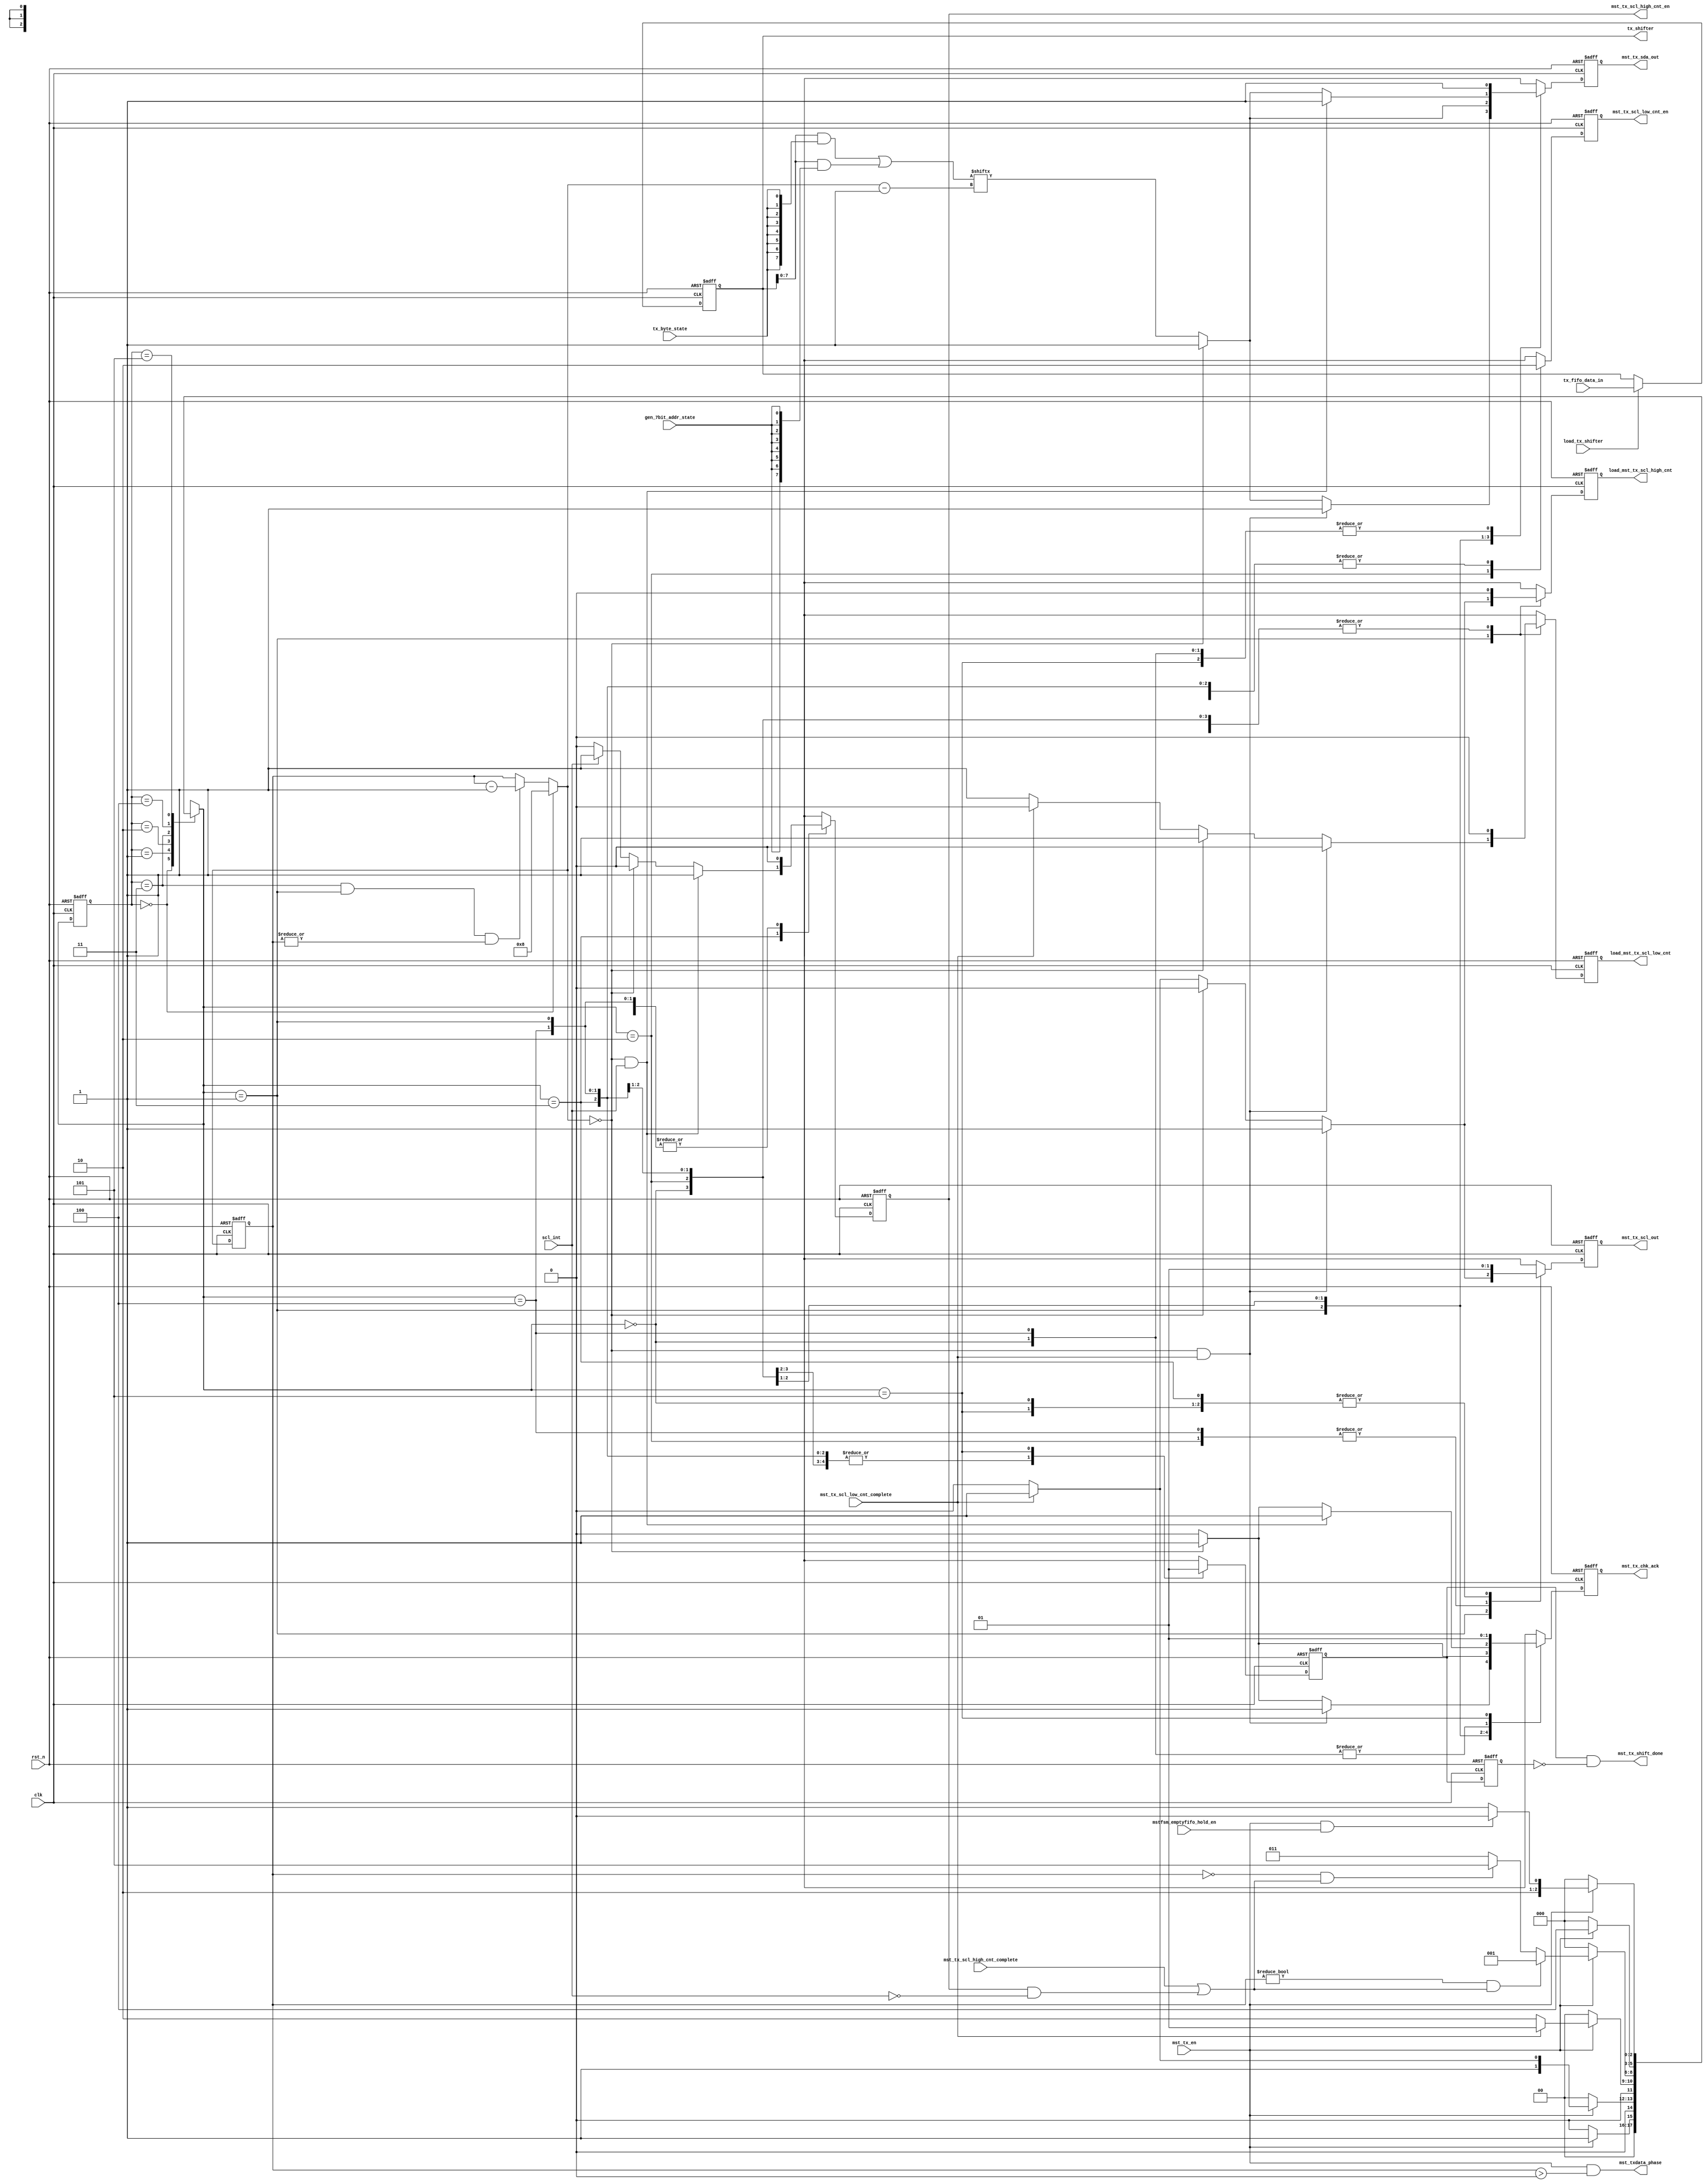
// (C) 2001-2018 Intel Corporation. All rights reserved.
// Your use of Intel Corporation's design tools, logic functions and other 
// software and tools, and its AMPP partner logic functions, and any output 
// files from any of the foregoing (including device programming or simulation 
// files), and any associated documentation or information are expressly subject 
// to the terms and conditions of the Intel Program License Subscription 
// Agreement, Intel FPGA IP License Agreement, or other applicable 
// license agreement, including, without limitation, that your use is for the 
// sole purpose of programming logic devices manufactured by Intel and sold by 
// Intel or its authorized distributors.  Please refer to the applicable 
// agreement for further details.


// synthesis translate_off
`timescale 1ns / 1ps
// synthesis translate_on

module altera_avalon_i2c_txshifter (
    input               clk,
    input               rst_n,
    input               mst_tx_scl_high_cnt_complete,
    input               mst_tx_scl_low_cnt_complete,
    input               mst_tx_en,
    input               scl_int,
    input               mstfsm_emptyfifo_hold_en,
    input               load_tx_shifter,
    input [9:0]         tx_fifo_data_in,
    input               tx_byte_state,
    input               gen_7bit_addr_state,
  
    output reg          mst_tx_scl_high_cnt_en,
    output reg          mst_tx_scl_low_cnt_en,
    output reg          mst_tx_chk_ack,                 // to ack detector
    output              mst_tx_shift_done,
    output reg          mst_tx_scl_out,
    output reg          mst_tx_sda_out,
    output reg          load_mst_tx_scl_high_cnt,
    output reg          load_mst_tx_scl_low_cnt,
    output reg [9:0]    tx_shifter,
    output              mst_txdata_phase

);


parameter TX_IDLE       = 3'b000;
parameter TX_CLK_LOAD   = 3'b001;
parameter TX_CLK_LOW    = 3'b010;
parameter TX_CLK_HIGH   = 3'b011;
parameter TX_CLK_HOLD   = 3'b100;
parameter TX_DONE       = 3'b101;


// wires & registers declaration
reg [2:0]       tx_shiftfsm_state; 
reg [2:0]       tx_shiftfsm_nx_state;
reg [3:0]       tx_shiftbit_counter;
reg [3:0]       tx_shiftbit_counter_nxt;
reg             mst_tx_shift_done_gen;
reg             mst_tx_shift_done_gen_dly;

wire            tx_idle_state;
wire            tx_clk_high_state;
wire            tx_clk_load_nx_state;
wire            arc_tx_clk_high_load;
wire            load_cnt;
wire            decr_cnt;
wire [3:0]      tx_shiftbit_counter_init;

wire [7:0]      tx_shift_data;
wire [7:0]      sevenbit_addr;
wire            tx_shift_data_phase;

wire [7:0]      write_txbyte;
wire [7:0]      write_7bit_addr;
wire            tx_shiftbit_counter_notzero;

assign mst_txdata_phase         = mst_tx_en & (tx_shiftbit_counter > 4'b0000);

assign tx_idle_state            = (tx_shiftfsm_state == TX_IDLE);
assign tx_clk_high_state        = (tx_shiftfsm_state == TX_CLK_HIGH);

assign tx_clk_load_nx_state     = (tx_shiftfsm_nx_state == TX_CLK_LOAD);

assign arc_tx_clk_high_load     = tx_clk_high_state & tx_clk_load_nx_state;

assign load_cnt                 = tx_idle_state;
assign decr_cnt                 = arc_tx_clk_high_load & tx_shiftbit_counter_notzero;

assign tx_shiftbit_counter_notzero = | tx_shiftbit_counter;

assign tx_shiftbit_counter_init = 4'b1000;

always @* begin
    if (load_cnt)
        tx_shiftbit_counter_nxt = tx_shiftbit_counter_init;
    else if (decr_cnt)
        tx_shiftbit_counter_nxt = tx_shiftbit_counter - 4'b0001;
    else
        tx_shiftbit_counter_nxt = tx_shiftbit_counter;
end

// bit number counter
always @(posedge clk or negedge rst_n) begin
    if(!rst_n)
        tx_shiftbit_counter <= 4'b1000;
    else
        tx_shiftbit_counter <= tx_shiftbit_counter_nxt;
end




// TX shifter fsm 
always @(posedge clk or negedge rst_n) begin
    if (!rst_n)
        tx_shiftfsm_state <= TX_IDLE;
    else
        tx_shiftfsm_state <= tx_shiftfsm_nx_state;
end

always @* begin
    case(tx_shiftfsm_state)
        TX_IDLE	: begin
            if (mst_tx_en) 
                tx_shiftfsm_nx_state = TX_CLK_LOAD;
            else 
                tx_shiftfsm_nx_state = TX_IDLE;
        end

        TX_CLK_LOAD : begin
            if (~mst_tx_en)
                tx_shiftfsm_nx_state = TX_IDLE;
            else if (mst_tx_scl_low_cnt_complete)
                tx_shiftfsm_nx_state = TX_CLK_HIGH;
            else
                tx_shiftfsm_nx_state = TX_CLK_LOW;
        end

        TX_CLK_LOW : begin
            if (~mst_tx_en)
                tx_shiftfsm_nx_state = TX_IDLE;
            else if (mst_tx_scl_low_cnt_complete)
                tx_shiftfsm_nx_state = TX_CLK_LOAD;
            else
                tx_shiftfsm_nx_state = TX_CLK_LOW;
        end

        TX_CLK_HIGH : begin
            if (~mst_tx_en)
                tx_shiftfsm_nx_state = TX_IDLE; 
            else if ((tx_shiftbit_counter != 4'b0000) & (mst_tx_scl_high_cnt_complete | (mst_tx_scl_high_cnt_en & ~scl_int)))
                tx_shiftfsm_nx_state = TX_CLK_LOAD;
            else if ((tx_shiftbit_counter == 4'b0000) & (mst_tx_scl_high_cnt_complete | (mst_tx_scl_high_cnt_en & ~scl_int)))
                tx_shiftfsm_nx_state = TX_DONE; 
            else
                tx_shiftfsm_nx_state = TX_CLK_HIGH;
        end

        TX_CLK_HOLD : begin
            if (~mst_tx_en)
                tx_shiftfsm_nx_state = TX_IDLE; 
            else
                tx_shiftfsm_nx_state = TX_CLK_HOLD;
        end

        TX_DONE	: begin
            if (~mst_tx_en)
                tx_shiftfsm_nx_state = TX_IDLE;
            else if (mst_tx_en & mstfsm_emptyfifo_hold_en)
                tx_shiftfsm_nx_state = TX_CLK_HOLD;
            else
                tx_shiftfsm_nx_state = TX_DONE;
        end

	default: tx_shiftfsm_nx_state = 3'bx;

    endcase
end



always @(posedge clk or negedge rst_n) begin
    if (!rst_n) begin
        mst_tx_scl_high_cnt_en      <= 1'b0;
        mst_tx_scl_low_cnt_en       <= 1'b0;
        mst_tx_sda_out              <= 1'b1;
        mst_tx_scl_out              <= 1'b1;
        mst_tx_chk_ack              <= 1'b0;
        mst_tx_shift_done_gen       <= 1'b0;
        load_mst_tx_scl_low_cnt     <= 1'b0;
        load_mst_tx_scl_high_cnt    <= 1'b0;
    end
    else begin
        case(tx_shiftfsm_nx_state)
            TX_IDLE : begin
                mst_tx_scl_high_cnt_en      <= 1'b0;
                mst_tx_scl_low_cnt_en       <= 1'b0;
                mst_tx_sda_out              <= 1'b1;
                mst_tx_scl_out              <= 1'b1;
                mst_tx_chk_ack              <= 1'b0;
                mst_tx_shift_done_gen       <= 1'b0;
                load_mst_tx_scl_low_cnt     <= 1'b0;
                load_mst_tx_scl_high_cnt    <= 1'b0;
            end

            TX_CLK_LOAD : begin
                mst_tx_scl_high_cnt_en  <= 1'b0;
                mst_tx_scl_low_cnt_en   <= 1'b0;
                mst_tx_shift_done_gen   <= 1'b0;

                if ((tx_shiftbit_counter_nxt == 4'b0000) & mst_tx_scl_low_cnt_complete) begin
                    load_mst_tx_scl_low_cnt     <= 1'b0;
                    load_mst_tx_scl_high_cnt    <= 1'b1;
                    mst_tx_sda_out              <= 1'b1;
                    mst_tx_scl_out              <= 1'b1;
                    mst_tx_chk_ack              <= 1'b1;
                end
                else if (tx_shiftbit_counter_nxt == 4'b0000) begin
                    load_mst_tx_scl_low_cnt     <= 1'b1;
                    load_mst_tx_scl_high_cnt    <= 1'b0;
                    mst_tx_sda_out              <= 1'b1;
                    mst_tx_scl_out              <= 1'b0;
                    mst_tx_chk_ack              <= 1'b1;
                end
                else if (mst_tx_scl_low_cnt_complete) begin
                    load_mst_tx_scl_low_cnt     <= 1'b0;
                    load_mst_tx_scl_high_cnt    <= 1'b1;
                    mst_tx_sda_out              <= tx_shift_data[tx_shiftbit_counter_nxt-1];
                    mst_tx_scl_out              <= 1'b1;
                    mst_tx_chk_ack              <= 1'b0;
                end
                else begin
                    load_mst_tx_scl_low_cnt     <= 1'b1;
                    load_mst_tx_scl_high_cnt    <= 1'b0;
                    mst_tx_sda_out              <= tx_shift_data[tx_shiftbit_counter_nxt-1];
                    mst_tx_scl_out              <= 1'b0;
                    mst_tx_chk_ack              <= 1'b0;
                end
            end

	    TX_CLK_LOW : begin
                mst_tx_scl_high_cnt_en      <= 1'b0;
                mst_tx_scl_low_cnt_en       <= 1'b1;
                mst_tx_shift_done_gen       <= 1'b0;
                mst_tx_scl_out              <= 1'b0;
                load_mst_tx_scl_low_cnt     <= 1'b0;
                load_mst_tx_scl_high_cnt    <= 1'b0;

                if (tx_shiftbit_counter_nxt == 4'b0000) begin // 4'b000 is ACK waiting bit
                    mst_tx_sda_out          <= 1'b1;
                    mst_tx_chk_ack          <= 1'b1;
                end
                else begin
                    mst_tx_sda_out          <= tx_shift_data[tx_shiftbit_counter_nxt-1];
                    mst_tx_chk_ack          <= 1'b0;
                end
            end

            TX_CLK_HIGH : begin
                mst_tx_scl_low_cnt_en       <= 1'b0;
                mst_tx_shift_done_gen       <= 1'b0;
                mst_tx_scl_out              <= 1'b1;
                load_mst_tx_scl_low_cnt     <= 1'b0;
                load_mst_tx_scl_high_cnt    <= 1'b0;

                if ((tx_shiftbit_counter_nxt == 4'b0000) & scl_int) begin // FIXME: CLK synchronization to SCL is one clock after
                    mst_tx_sda_out          <= 1'b1;
                    mst_tx_chk_ack          <= 1'b1;
                    mst_tx_scl_high_cnt_en  <= 1'b1;
                end
                else if (tx_shiftbit_counter_nxt == 4'b0000) begin
                    mst_tx_sda_out          <= 1'b1;
                    mst_tx_chk_ack          <= 1'b1;
                    mst_tx_scl_high_cnt_en  <= 1'b0;
                end
                else if (scl_int) begin
                    mst_tx_sda_out          <= tx_shift_data[tx_shiftbit_counter_nxt-1];
                    mst_tx_chk_ack          <= 1'b0;
                    mst_tx_scl_high_cnt_en  <= 1'b1;
                end
                else begin
                    mst_tx_sda_out          <= tx_shift_data[tx_shiftbit_counter_nxt-1];
                    mst_tx_chk_ack          <= 1'b0;
                    mst_tx_scl_high_cnt_en  <= 1'b0;
                end
            end

            TX_CLK_HOLD : begin
                mst_tx_scl_high_cnt_en      <= 1'b0;
                mst_tx_scl_low_cnt_en       <= 1'b0;
                mst_tx_sda_out              <= 1'b1;
                mst_tx_chk_ack              <= 1'b0;
                mst_tx_shift_done_gen       <= 1'b0;
                load_mst_tx_scl_low_cnt     <= 1'b0;
                load_mst_tx_scl_high_cnt    <= 1'b0;
                mst_tx_scl_out              <= 1'b0;
            end

	    TX_DONE	: begin
                mst_tx_scl_high_cnt_en      <= 1'b0;
                mst_tx_scl_low_cnt_en       <= 1'b0;
                mst_tx_scl_out              <= 1'b1;
                mst_tx_sda_out              <= 1'b1;
                mst_tx_chk_ack              <= 1'b1;
                load_mst_tx_scl_low_cnt     <= 1'b0;
                load_mst_tx_scl_high_cnt    <= 1'b0;
                mst_tx_shift_done_gen       <= 1'b1;
	    end

	    default: begin
                mst_tx_scl_high_cnt_en      <= 1'bx;
                mst_tx_scl_low_cnt_en       <= 1'bx;
                mst_tx_scl_out              <= 1'bx;
                mst_tx_sda_out              <= 1'bx;
                mst_tx_chk_ack              <= 1'bx;
                mst_tx_shift_done_gen       <= 1'bx;
                load_mst_tx_scl_low_cnt     <= 1'bx;
                load_mst_tx_scl_high_cnt    <= 1'bx;
	    end
        endcase
    end
end


always @(posedge clk or negedge rst_n) begin
    if (!rst_n)
        tx_shifter  <= 10'h0;
    else if (load_tx_shifter)
        tx_shifter  <= tx_fifo_data_in;
    else
        tx_shifter  <= tx_shifter;
end

assign sevenbit_addr    = tx_shifter[7:0];

assign tx_shift_data_phase = tx_byte_state;

assign write_txbyte         = tx_shifter[7:0]   & {8{tx_shift_data_phase}};
assign write_7bit_addr      = sevenbit_addr     & {8{gen_7bit_addr_state}};

assign tx_shift_data =  write_txbyte        |
                        write_7bit_addr;

always @(posedge clk or negedge rst_n) begin
    if (!rst_n) begin
        mst_tx_shift_done_gen_dly   <= 1'b0;
    end
    else begin
        mst_tx_shift_done_gen_dly   <= mst_tx_shift_done_gen;
    end
end

assign mst_tx_shift_done    = mst_tx_shift_done_gen & ~mst_tx_shift_done_gen_dly;

endmodule